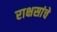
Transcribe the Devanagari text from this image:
राक्षसांचे